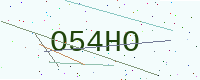
Text: O54HO